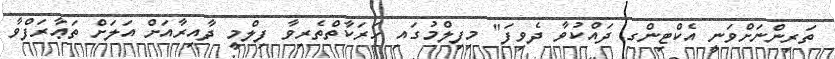
ތަރިންނަށްވަނީ އެކްޓިންގ ދައްކުވާ ދެވިފަ" މިފިލްމުގައި ހަރަކާތްތެރިވާ ފިލްމީ ދާއިރާއަށް އަލަށް ތަޢާރަފްވާ